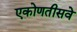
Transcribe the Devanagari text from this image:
एकोणतीसवे